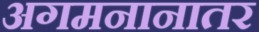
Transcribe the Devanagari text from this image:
अगमनानातर